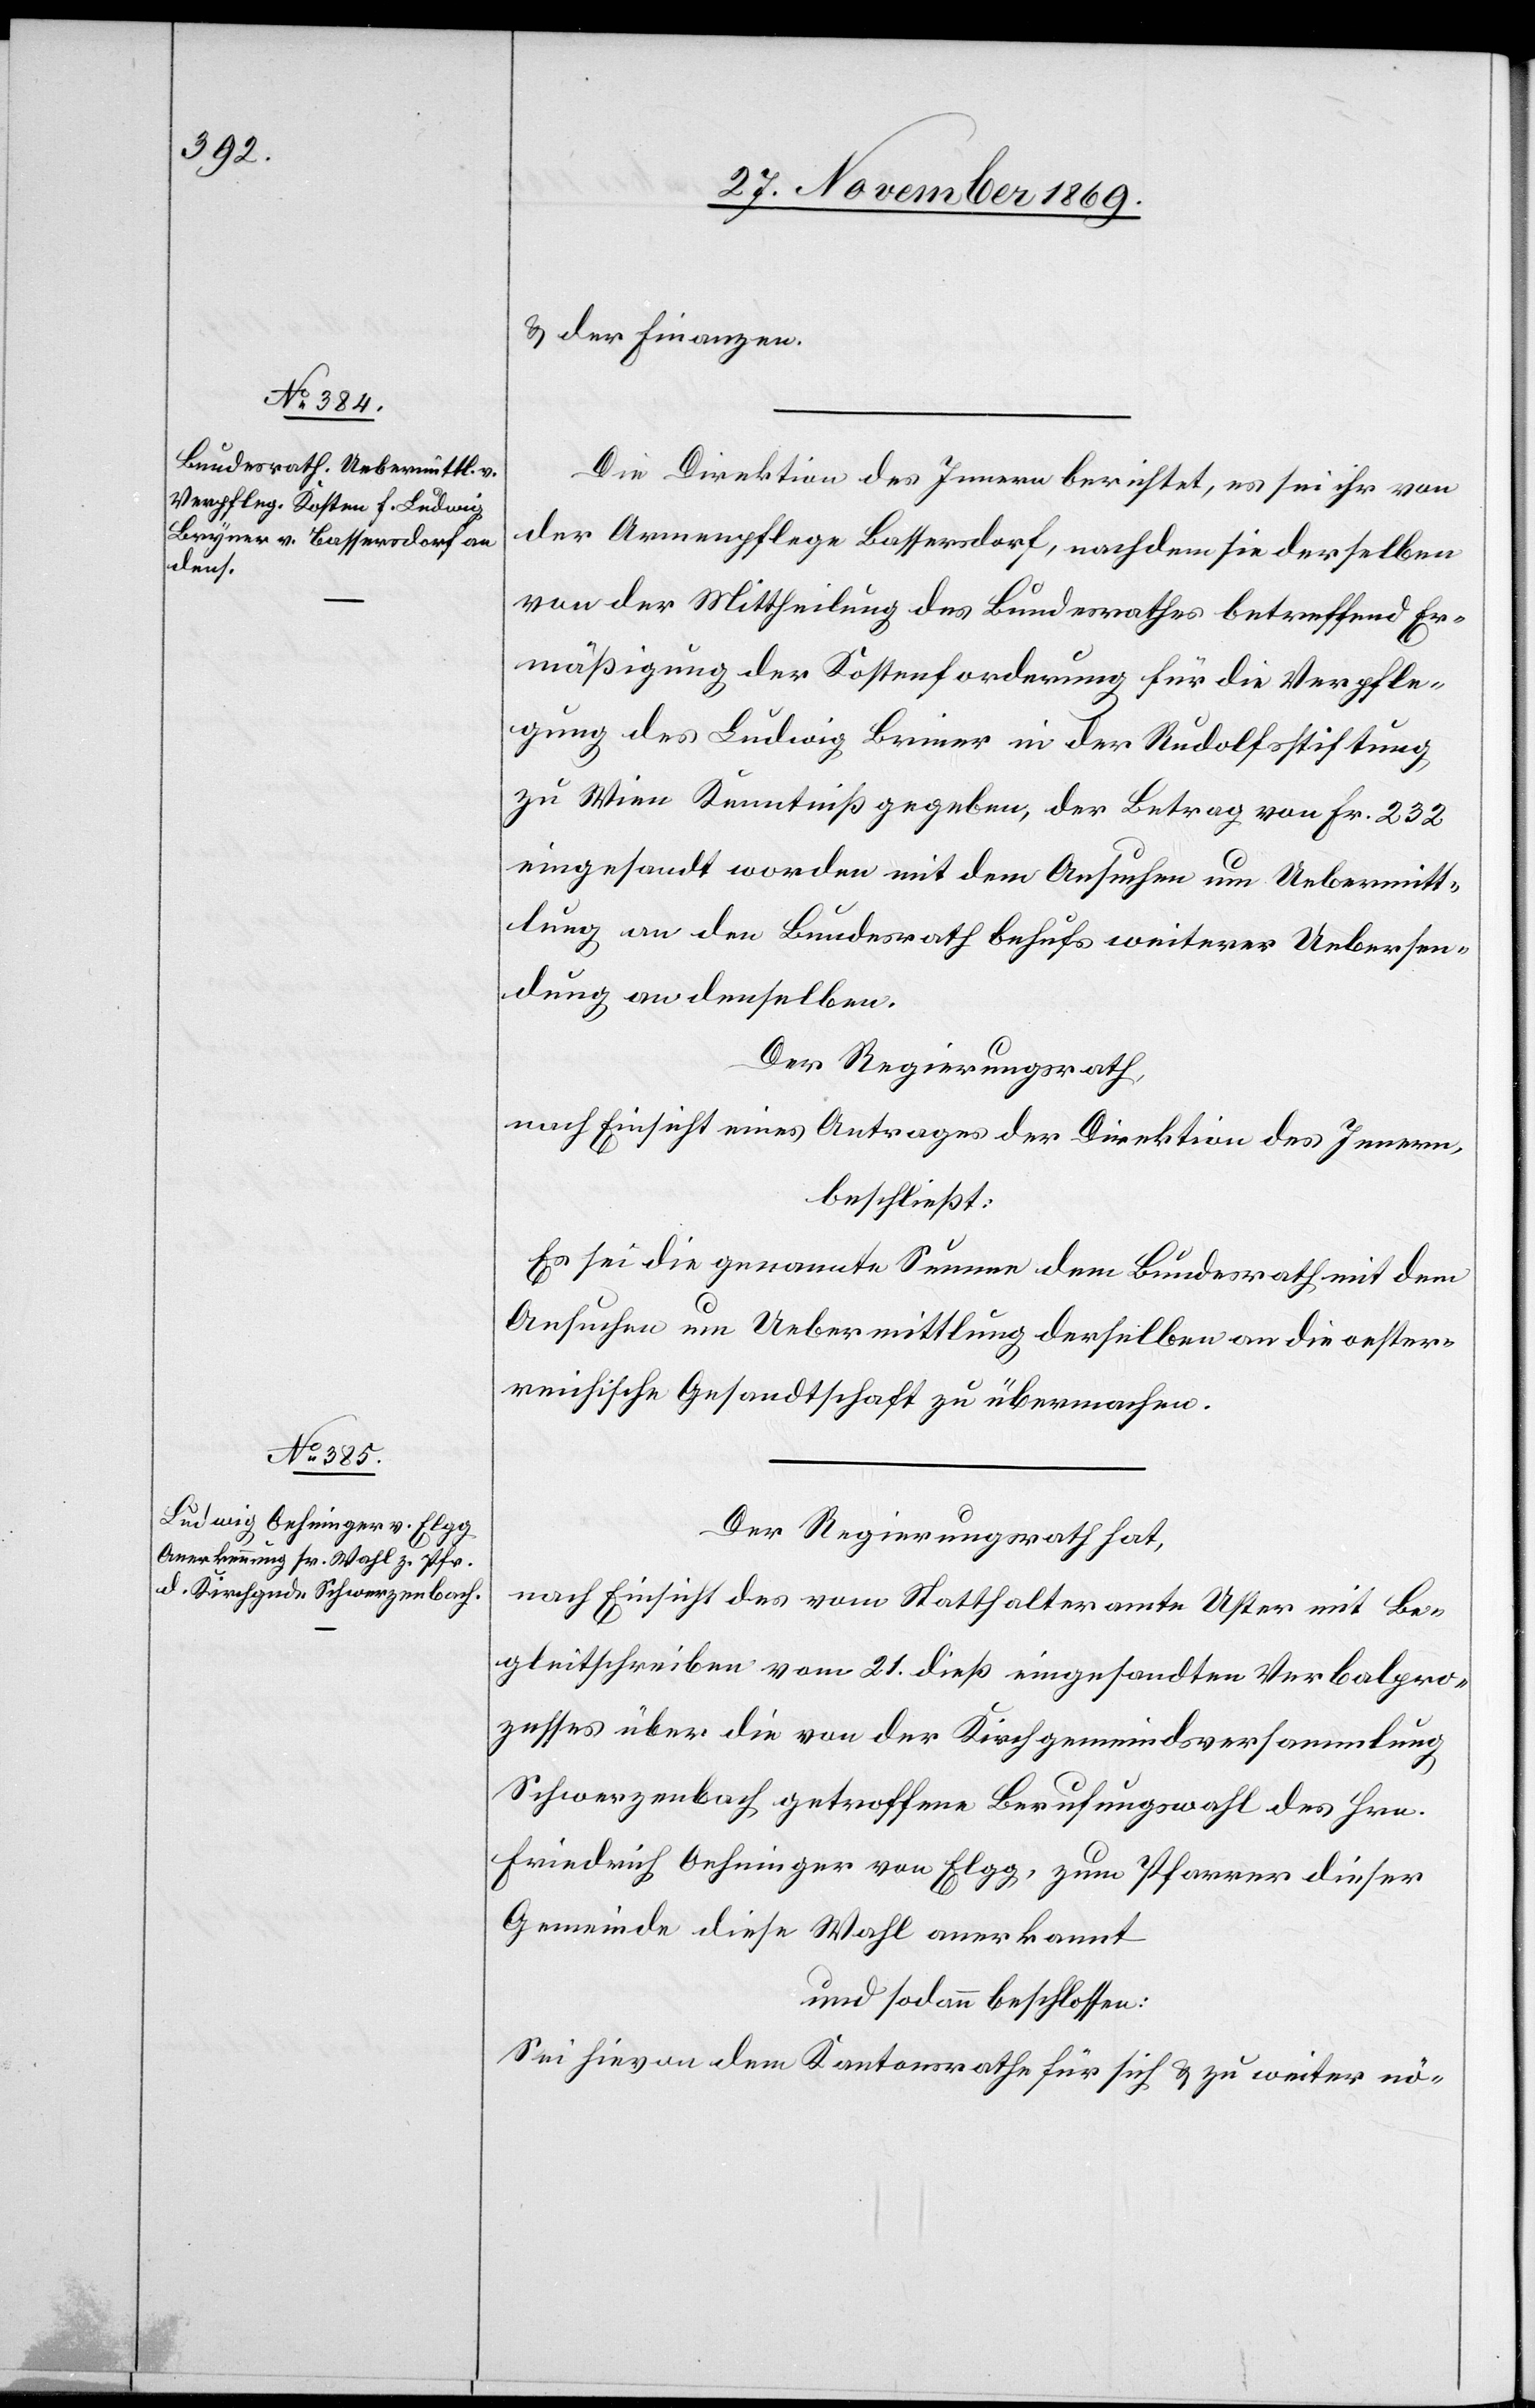
& der Finanzen.
Die Direktion des Innern berichtet, es sei ihr von
der Armenpflege Bassersdorf, nachdem sie derselben
von der Mittheilung des Bundesrathes betreffend Er¬
mäßigung der Kostenforderung für die Verpfle¬
gung des Ludwig Briner [sic!] in der Rudolfsstiftung
zu Wien Kenntniß gegeben, der Betrag von Fr. 232
eingesandt worden mit dem Ansuchen um Uebermitt¬
lung an den Bundesrath behufs weiterer Uebersen¬
dung an denselben.
Der Regierungsrath,
nach Einsicht eines Antrages der Direktion des Innern,
beschließt:
Es sei die genannte Summe dem Bundesrath mit dem
Ansuchen um Uebermittlung derselben an die oester¬
reichische Gesandtschaft zu übermachen.
Der Regierungsrath hat,
nach Einsicht des vom Statthalteramte Uster mit Be¬
gleitschreiben vom 21. dieß eingesandten Verbalpro¬
zesses über die von der Kirchgemeindsversammlung
Schwerzenbach getroffene Berufungswahl des Hrn.
Friedrich Oehninger von Elgg, zum Pfarrer dieser
Gemeinde diese Wahl anerkannt
und sodann beschlossen:
Sei hievon dem Kantonsrathe für sich & zu weiter nö-